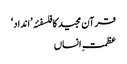
قرآن مجید کا فلسفئہ ’انداد‘
عظمتِ انساں